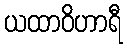
ယထာဝိဟာရီ